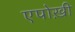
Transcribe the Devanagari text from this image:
एपोख़ी